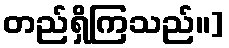
တည်ရှိကြသည်။]